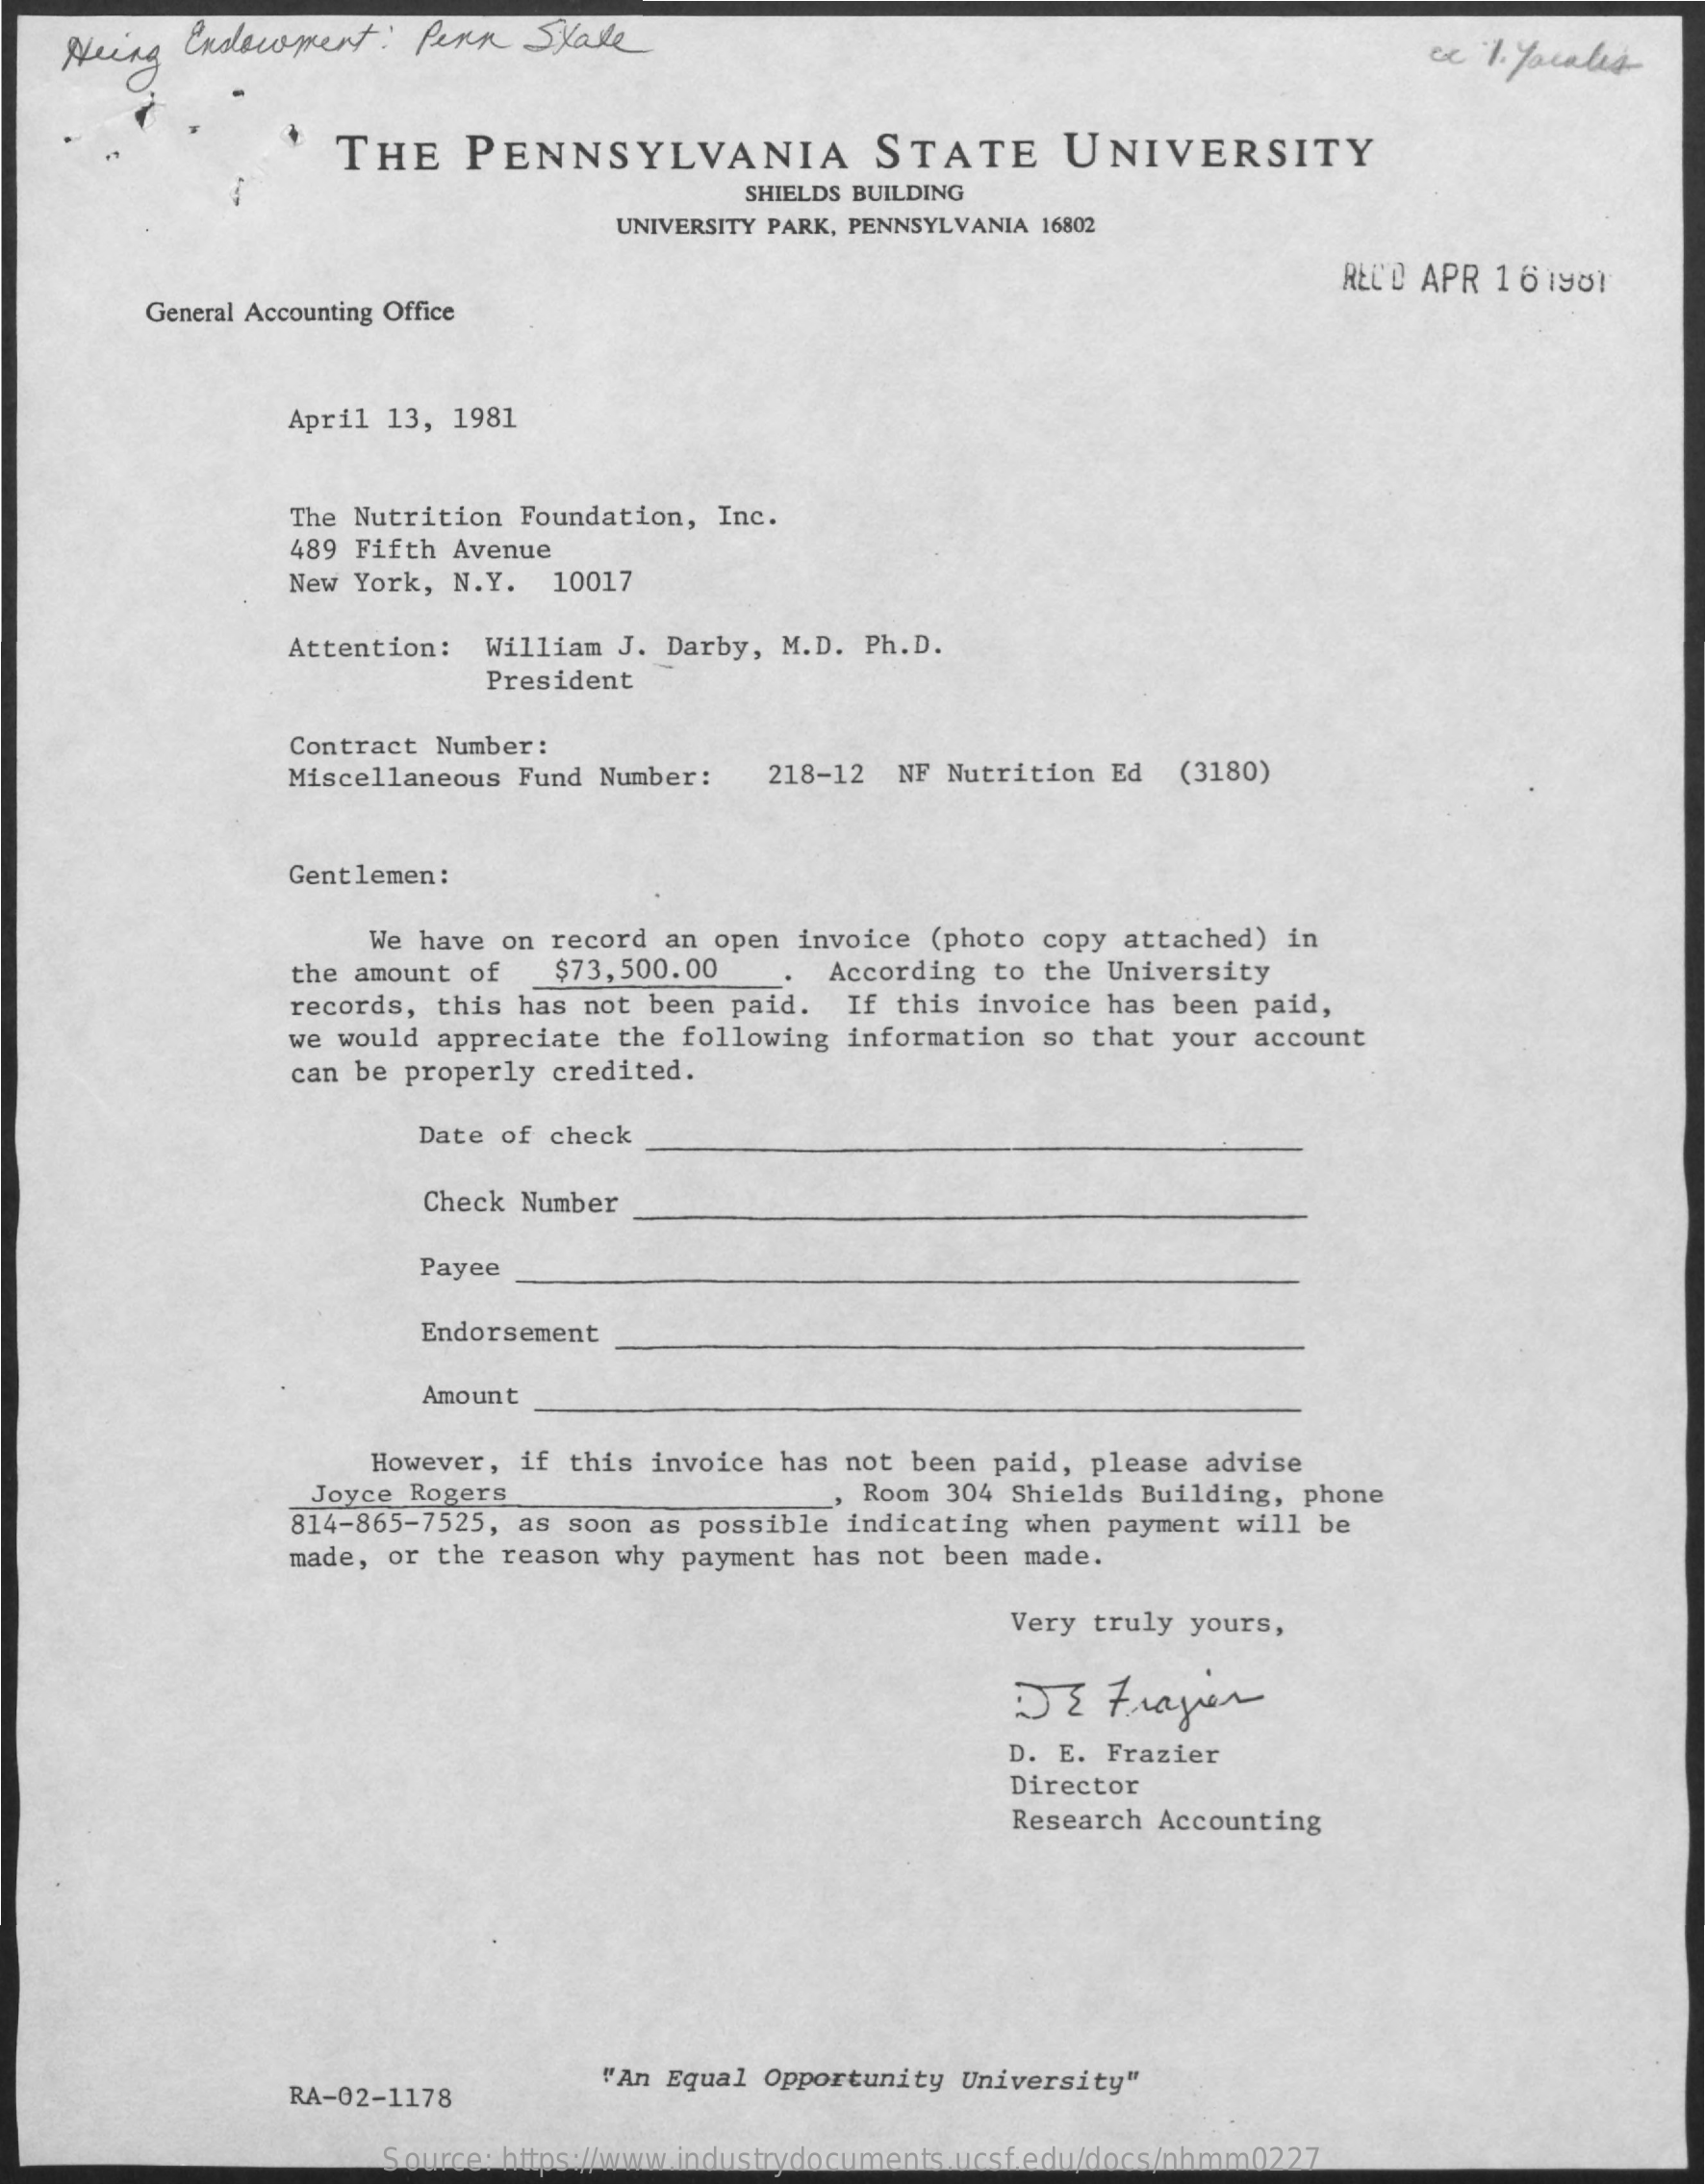
Heing  Endowment:    Penn   State    ce 1. Youales
     THE    PENNSYLVANIA    STATE    UNIVERSITY
     SHIELDS BUILDING
     UNIVERSITY PARK, PENNSYLVANIA 16802
     REC'D APR 16 1901
     General Accounting Office
     April 13, 1981
     The Nutrition Foundation, Inc.
     489 Fifth Avenue
     New York, N.Y.   10017
     Attention:   William J. Darby, M.D. Ph. D.
     President
     Contract Number:
     Miscellaneous  Fund Number:    218-12 NF Nutrition  Ed  (3180)
     Gentlemen:
     We have on record an open invoice  (photo copy attached) in
     the amount of   $73,500.00    According  to the University
     records, this has not been paid.   If this invoice has been paid,
     we would  appreciate the following  information so that your account
     can be properly credited.
     Date of check
     Check Number
     Payee
     Endorsement
     Amount
     However, if this invoice has not been paid,  please advise
     Joyce Rogers    , Room 304 Shields Building, phone
     814-865-7525, as soon as possible indicating  when payment will be
     made, or  the reason why payment has not been  made.
     Very truly yours,
     JE   Frayer
     D. E. Frazier
     Director
     Research Accounting
     RA-02-1178
     "An Equal Opportunity  University"
     Source: https://www.industrydocuments.ucsf.edu/docs/nhmm0227